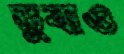
ডুবাও